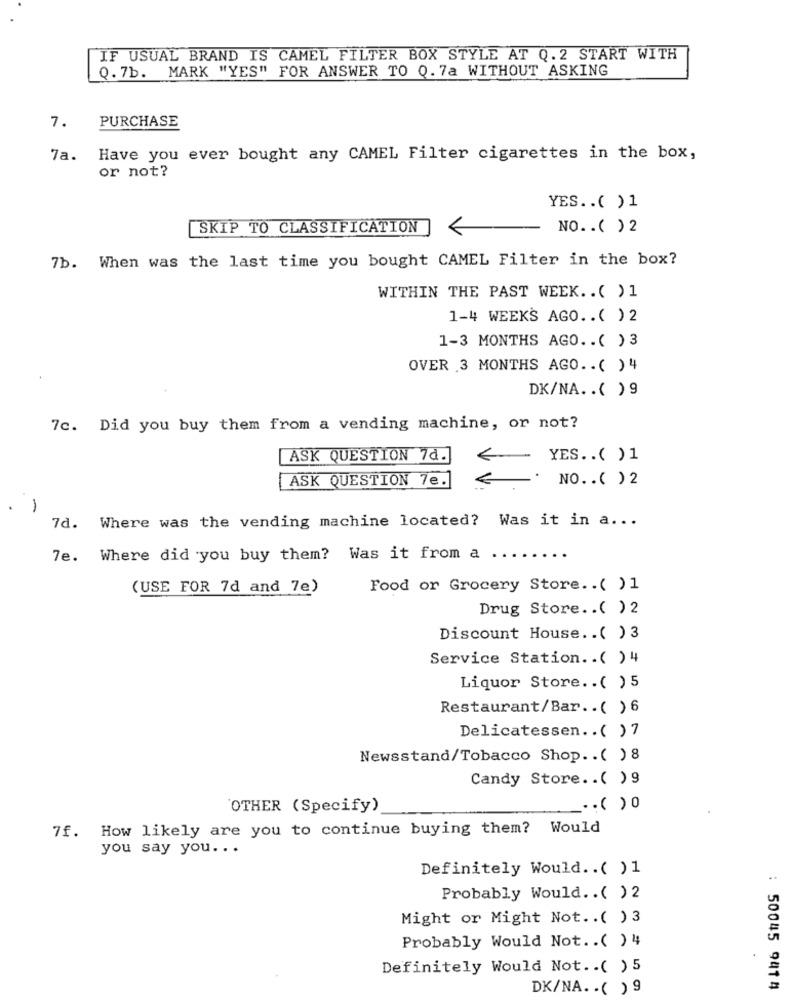
IF USUAL BRAND IS CAMEL FILTER BOX STYLE AT Q.2 START WITH
Q. 7b. MARK "YES" FOR ANSWER TO Q. 7a WITHOUT ASKING
7.
PURCHASE
7a. Have you ever bought any CAMEL Filter cigarettes in the box,
or not?
YES .. ( )1
SKIP TO CLASSIFICATION
NO .. ( )2
7b. When was the last time you bought CAMEL Filter in the box?
WITHIN THE PAST WEEK .. ( ) 1
1-4 WEEKS AGO .. ( ) 2
1-3 MONTHS AGO .. ( ) 3
OVER 3 MONTHS AGO .. ( )4
DK/NA .. ( ) 9
7c. Did you buy them from a vending machine, or not?
ASK QUESTION 7d.
YES .. ( )1
ASK QUESTION 7e.
NO. . ( ) 2
. )
7d. Where was the vending machine located? Was it in a ...
7e. Where did you buy them? Was it from a
(USE FOR 7d and 7e)
Food or Grocery Store .. ( ) 1
Drug Store .. ( ) 2
Discount House .. ( ) 3
Service Station. . ( )4
Liquor Store .. ( ) 5
Restaurant/Bar .. ( )6
Delicatessen .. ( )7
Newsstand/Tobacco Shop .. ( ) 8
Candy Store .. ( )9
OTHER (Specify)
.. ( )0
7f. How likely are you to continue buying them?
Would
you say you ...
Definitely Would .. ( ) 1
Probably Would .. ( )2
Might or Might Not .. ( ) 3
Probably Would Not. . ( ) 4
Definitely Would Not .. ( ) 5
DK/NA. . ( ) 9
: 50045 941 4